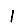
Digit: 1